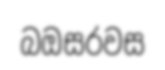
බඔසරවස